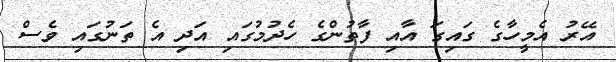
އޭރު އެމީހާގެ ގައިގަ އާއި ފާތުންގެ ހެދުމުގައި އަދި އެ ތަނުގައި ވެސް